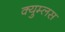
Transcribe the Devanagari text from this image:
क्युम्लस